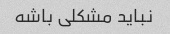
نباید مشکلی باشه